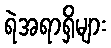
ရဲအရာရှိများ